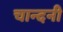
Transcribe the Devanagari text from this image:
चान्दनी